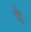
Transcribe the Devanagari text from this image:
व्है